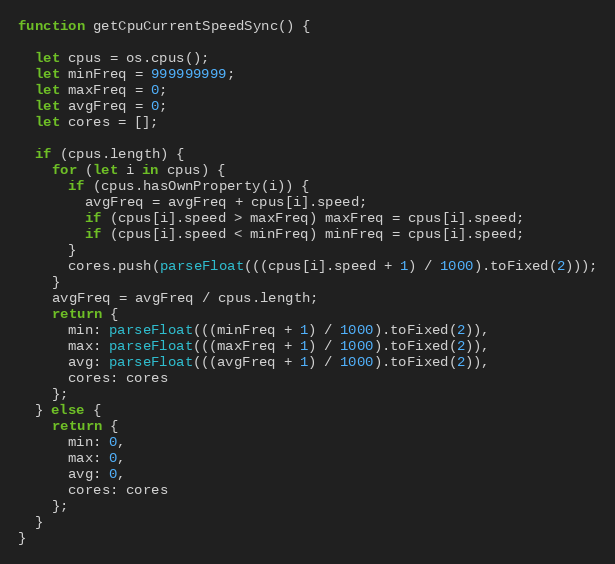
Language: JavaScript
function getCpuCurrentSpeedSync() {

  let cpus = os.cpus();
  let minFreq = 999999999;
  let maxFreq = 0;
  let avgFreq = 0;
  let cores = [];

  if (cpus.length) {
    for (let i in cpus) {
      if (cpus.hasOwnProperty(i)) {
        avgFreq = avgFreq + cpus[i].speed;
        if (cpus[i].speed > maxFreq) maxFreq = cpus[i].speed;
        if (cpus[i].speed < minFreq) minFreq = cpus[i].speed;
      }
      cores.push(parseFloat(((cpus[i].speed + 1) / 1000).toFixed(2)));
    }
    avgFreq = avgFreq / cpus.length;
    return {
      min: parseFloat(((minFreq + 1) / 1000).toFixed(2)),
      max: parseFloat(((maxFreq + 1) / 1000).toFixed(2)),
      avg: parseFloat(((avgFreq + 1) / 1000).toFixed(2)),
      cores: cores
    };
  } else {
    return {
      min: 0,
      max: 0,
      avg: 0,
      cores: cores
    };
  }
}